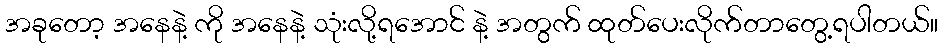
အခုတော့ အနေနဲ့ ကို အနေနဲ့ သုံးလို့ရအောင် နဲ့ အတွက် ထုတ်ပေးလိုက်တာတွေ့ရပါတယ်။